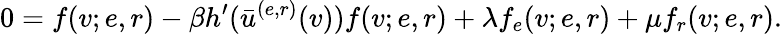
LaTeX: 0=f(v;e,r)-\beta h^{\prime}(\bar{u}^{(e,r)}(v))f(v;e,r)+\lambda f_{e}(v;e,r)+\mu f_{r}(v;e,r).